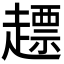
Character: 𧽤